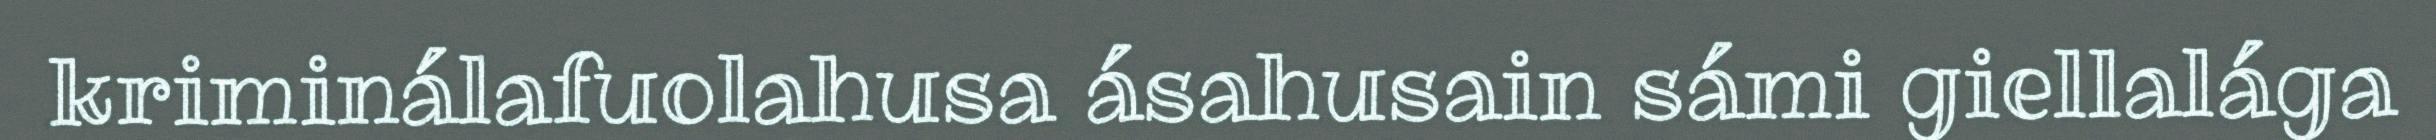
kriminálafuolahusa ásahusain sámi giellalága